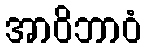
အာဝိဘာဝံ